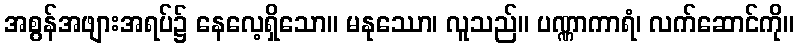
အစွန်အဖျားအရပ်၌ နေလေ့ရှိသော။ မနုဿော၊ လူသည်။ ပဏ္ဏာကာရံ၊ လက်ဆောင်ကို။